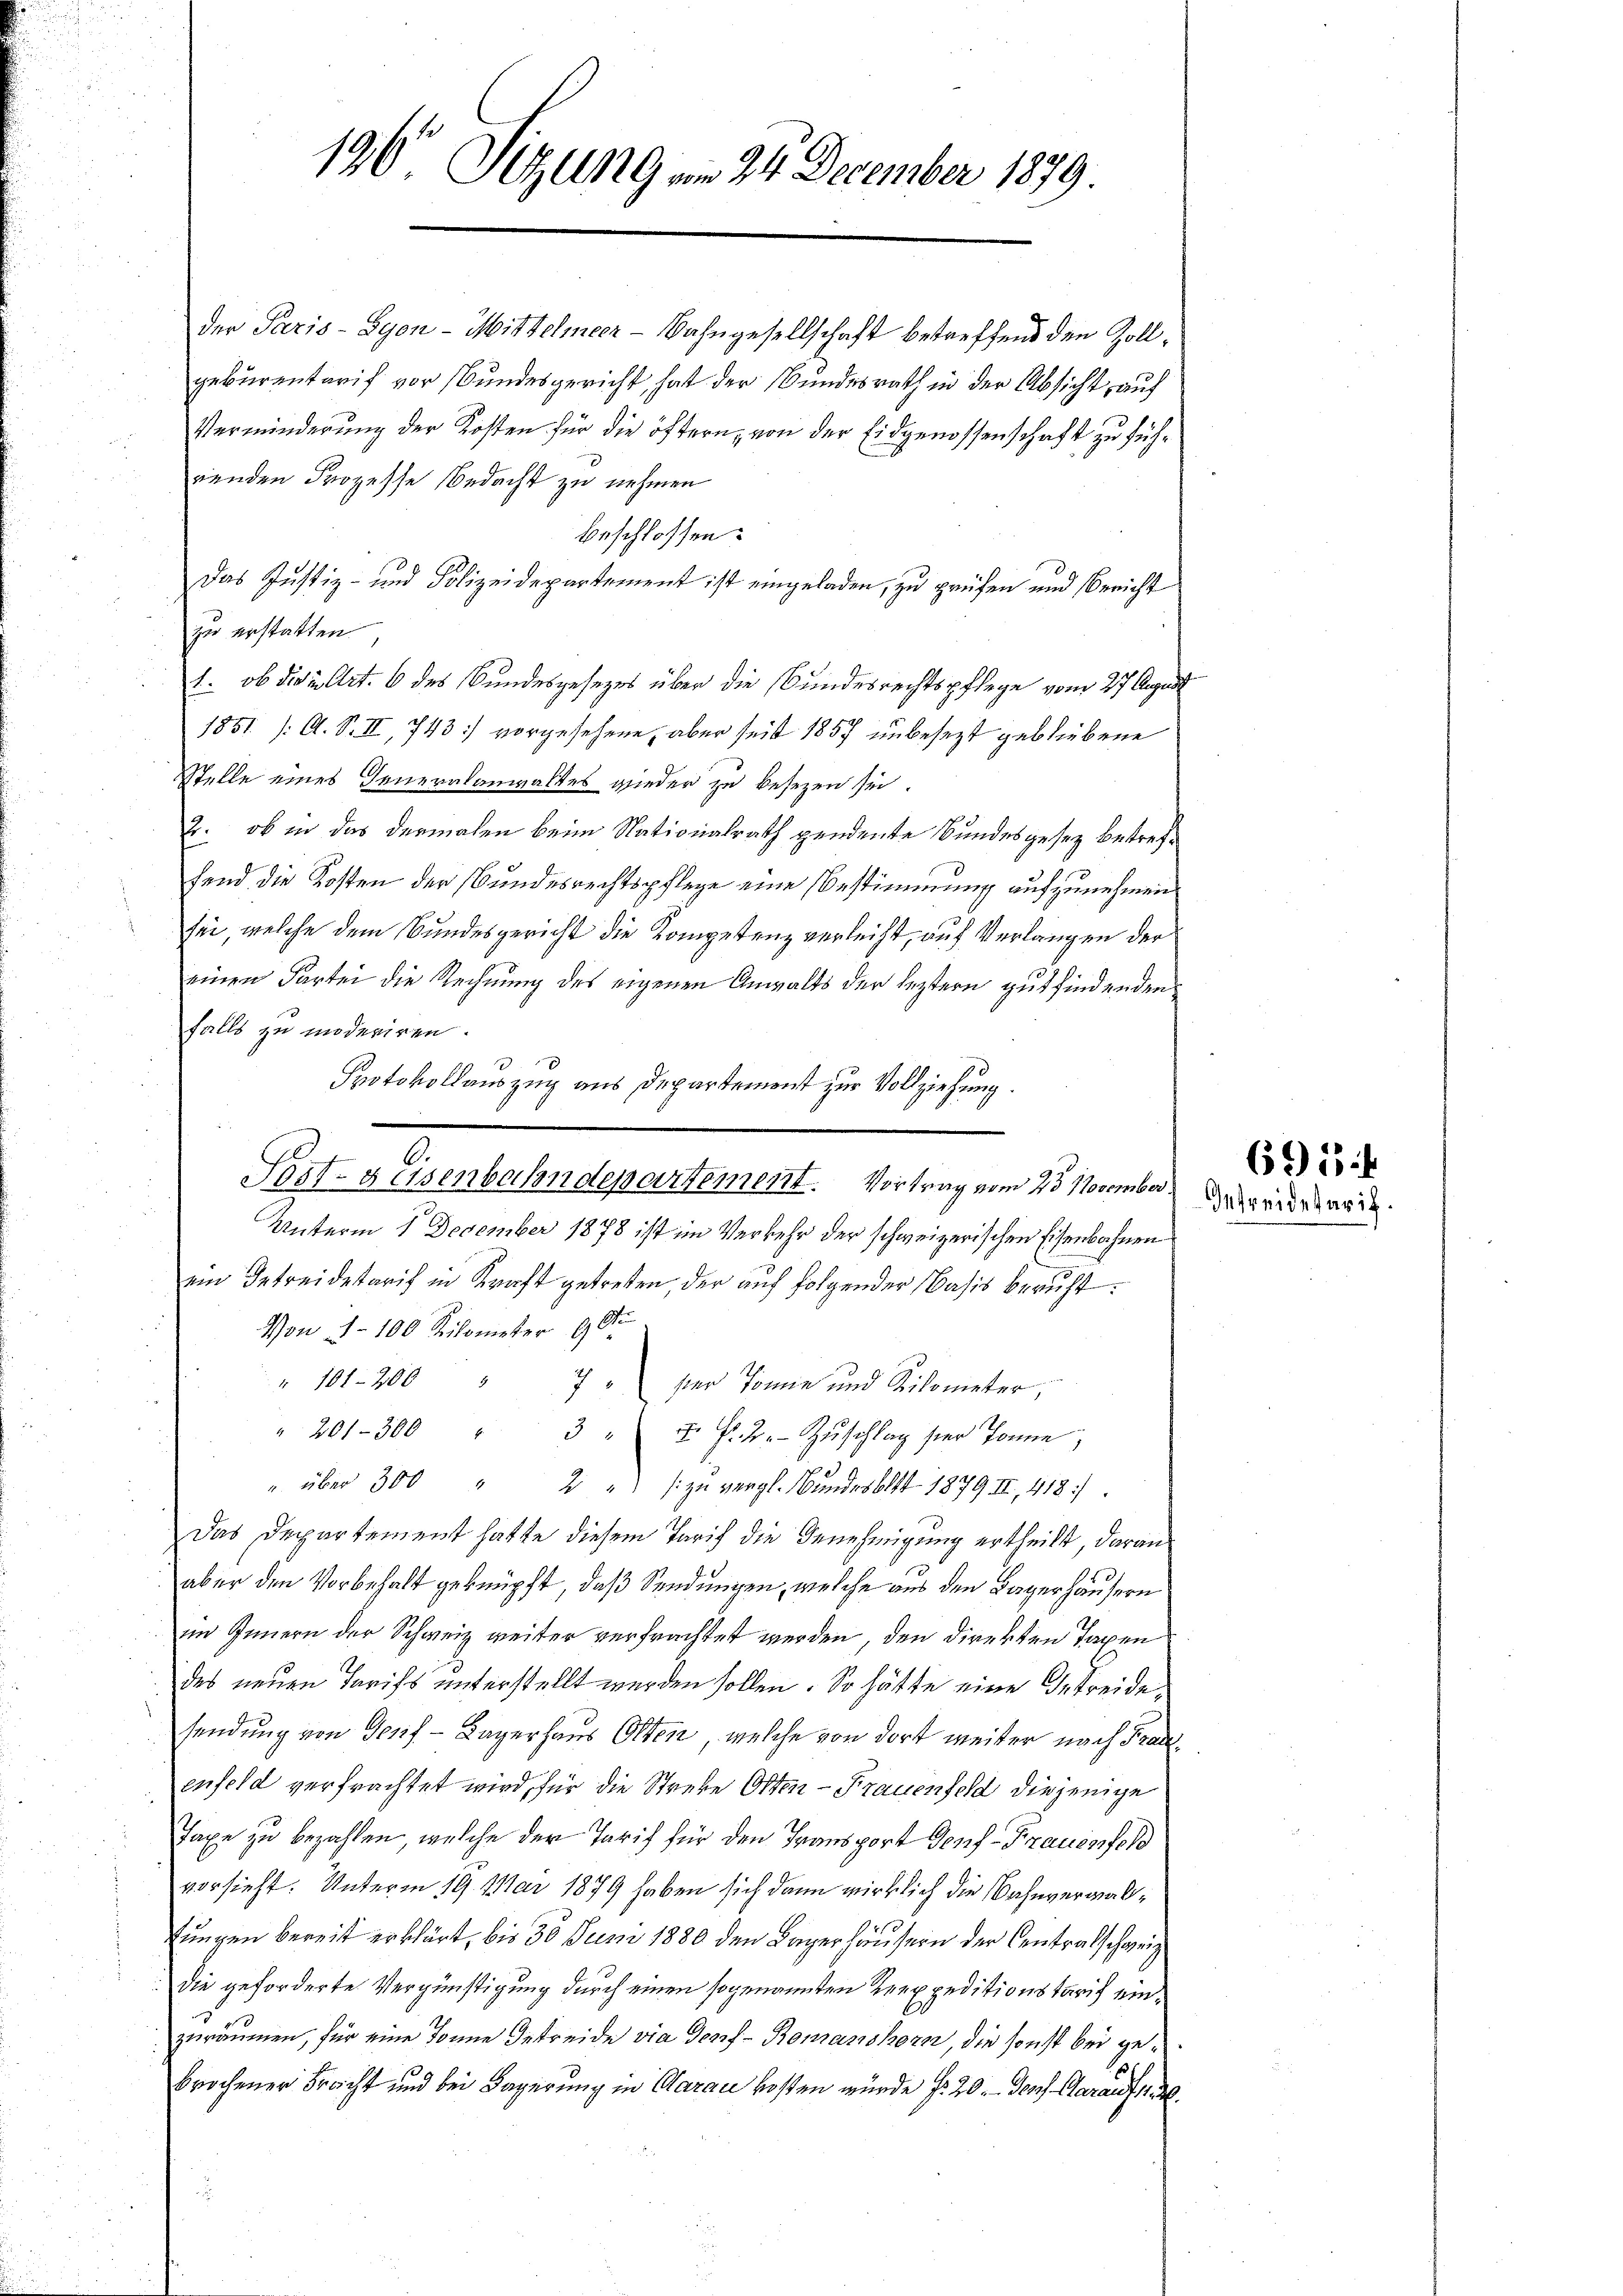
196 Sitzung am 24. December 1879.

der Paris - Lyon - Mittelmeer-Bahngesellschaft betreffend den Zollgebürentarif vor Bundesgericht, hat der Bundesrath in der Absicht, auf
Verminderung der Kosten für die öftern, von der Eidgenossenschaft zu führenden Prozesse Bedacht zu nehmen
beschlossen:
Das Justiz- und Polizeidepartement ist eingeladen, zu prüfen und Bericht
zu erstatten
1. ob die u. Art. 6 des Bundesgesezes über die Bundesrechtspflege vom 27. August
1851. /A. S. III, 743) vorgesehene, aber seit 1857 unbesezt gebliebene
Stelle eines Generalanwaltes wieder zu besezen sei.
2. ob in das dermalen beim Nationalrath pendente Bundesgesez betreffend die Kosten der Bundesrechtspflege eine Bestimmung aufzunehmen
sei, welche dem Bundesgericht die Kompetenz verleicht, auf Verlangen der
einen Partei die Rechnung des eigenen Anwalts der leztern gutfindenden
falls zu moderiren.
Protokollauszug aus Departement zur Vollziehung.
Unterm 1. December 1878 ist im Verkehr der schweizerischen Eisenbahnen
ein Betreidestarif in Kraft getreten, der auf folgender Basis beruht.
Von d. 100 Kilometer 9 St
" 101. 200 "
7  der Tonne und Kilometer,
" 201-300 " 3 " F. P. 2. Zŭschlag hier Tonne,
" über 300 " 2 " zŭ vergl. Bŭndesblatt 1879 II., 418)
Das Departement hatte diesem Tarif die Genehmigung ertheilt, daran.
aber den Vorbehalt geknüpft, daß Sendungen, welche aus den Lagerhäusern
im Innern der Schweiz weiter verfrachtet werden, den direkten Taxen
des neuen Tarifs unterstellt werden sollen. So hätte eine Getreide
sendung von Genf Lagerhaus Olten, welche von dort weiter nach Frauenfeld verfrachtet wird, für die Streke Orten - Frauenfeld diejenige
Taxe zu bezahlen, welche der Tarif für den Transport Genf - Frauenfeld
vorsieht. Unterm 19. Mai 1879 haben sich dann wirklich die Bahnverwal¬
Jungen bereit erklärt, bis 30 Juni 1880 den Lager Häusern der Centralschweiz
die geforderte Vergünstigung durch einen sogenannten Reexpeditionstarif einzuräumen, für eine Tonne Getreide vie Genf - Romanshorn, die sonst bei gebrochener Fracht und bei Fagerung in Aarau kosten würde fr. 20. Der Aarauf

.

Sost- Reisenbahndepartement. Vortrag vom 25. November.

69 15
Getreidesaris.